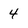
Character: 4